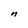
Character: n